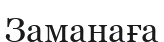
Заманаға